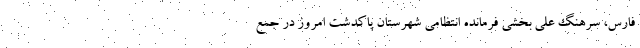
فارس، سرهنگ علی بخشی فرمانده انتظامی شهرستان پاکدشت امروز در جمع